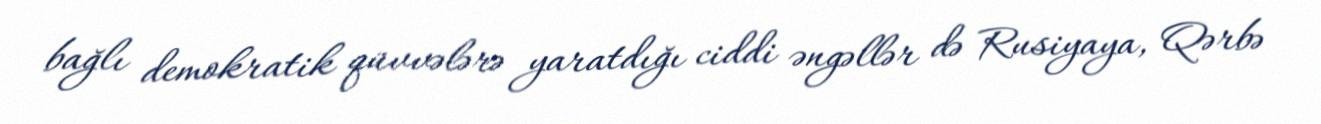
bağlı demokratik qüvvələrə yaratdığı ciddi əngəllər də Rusiyaya, Qərbə